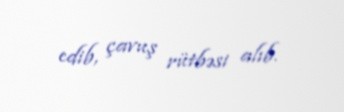
edib, çavuş rütbəsi alıb.